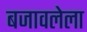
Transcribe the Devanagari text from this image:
बजावलेला